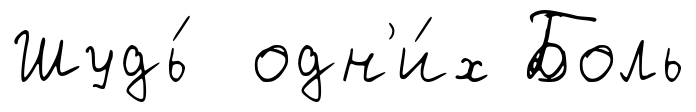
Шудь́ одн'и́х Боль